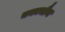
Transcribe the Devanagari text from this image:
चकाचौंथ